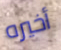
أخيره